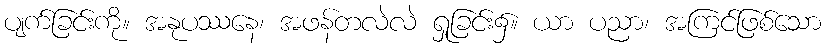
ပျက်ခြင်းကို။ အနုပဿနေ၊ အဖန်တလဲလဲ ရှုခြင်း၌။ ယာ ပညာ၊ အကြင်ဖြစ်သော